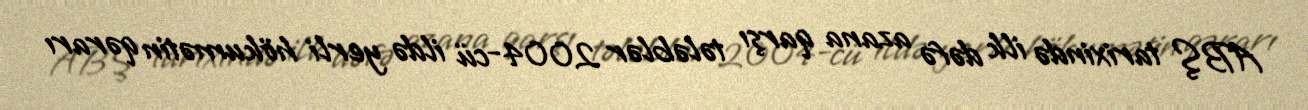
ABŞ tarixində ilk dəfə azana qarşı tələblər 2004-cü ildə yerli hökumətin qərarı